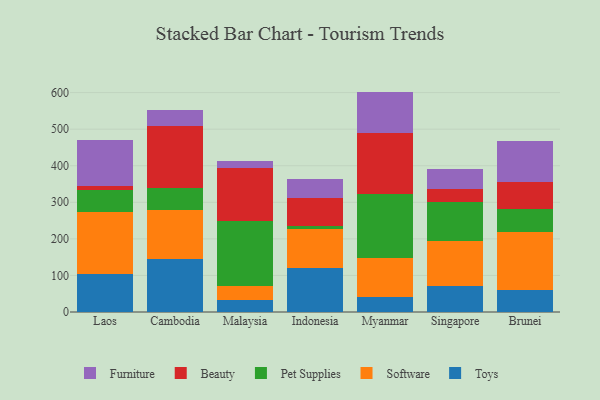
{"axis": {"x": "Country", "y": "Net Income (USD K)"}, "legend": ["Beauty", "Furniture", "Pet Supplies", "Software", "Toys"], "data": [{"x": "Laos", "y": 104.5, "type": "Toys"}, {"x": "Laos", "y": 167.7, "type": "Software"}, {"x": "Laos", "y": 62.5, "type": "Pet Supplies"}, {"x": "Laos", "y": 9.5, "type": "Beauty"}, {"x": "Laos", "y": 126.9, "type": "Furniture"}, {"x": "Cambodia", "y": 145.8, "type": "Toys"}, {"x": "Cambodia", "y": 133.3, "type": "Software"}, {"x": "Cambodia", "y": 61.3, "type": "Pet Supplies"}, {"x": "Cambodia", "y": 169.1, "type": "Beauty"}, {"x": "Cambodia", "y": 43.8, "type": "Furniture"}, {"x": "Malaysia", "y": 31.8, "type": "Toys"}, {"x": "Malaysia", "y": 39.3, "type": "Software"}, {"x": "Malaysia", "y": 177.4, "type": "Pet Supplies"}, {"x": "Malaysia", "y": 144.8, "type": "Beauty"}, {"x": "Malaysia", "y": 20.5, "type": "Furniture"}, {"x": "Indonesia", "y": 121.7, "type": "Toys"}, {"x": "Indonesia", "y": 105.7, "type": "Software"}, {"x": "Indonesia", "y": 6.8, "type": "Pet Supplies"}, {"x": "Indonesia", "y": 76.5, "type": "Beauty"}, {"x": "Indonesia", "y": 53.6, "type": "Furniture"}, {"x": "Myanmar", "y": 41.4, "type": "Toys"}, {"x": "Myanmar", "y": 106.1, "type": "Software"}, {"x": "Myanmar", "y": 176.0, "type": "Pet Supplies"}, {"x": "Myanmar", "y": 164.8, "type": "Beauty"}, {"x": "Myanmar", "y": 114.4, "type": "Furniture"}, {"x": "Singapore", "y": 72.1, "type": "Toys"}, {"x": "Singapore", "y": 123.1, "type": "Software"}, {"x": "Singapore", "y": 105.3, "type": "Pet Supplies"}, {"x": "Singapore", "y": 36.8, "type": "Beauty"}, {"x": "Singapore", "y": 52.4, "type": "Furniture"}, {"x": "Brunei", "y": 59.2, "type": "Toys"}, {"x": "Brunei", "y": 158.6, "type": "Software"}, {"x": "Brunei", "y": 64.3, "type": "Pet Supplies"}, {"x": "Brunei", "y": 74.3, "type": "Beauty"}, {"x": "Brunei", "y": 111.2, "type": "Furniture"}]}